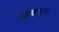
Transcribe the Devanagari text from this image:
आयवार